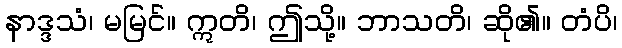
နာဒ္ဒသံ၊ မမြင်။ ဣတိ၊ ဤသို့။ ဘာသတိ၊ ဆို၏။ တံပိ၊